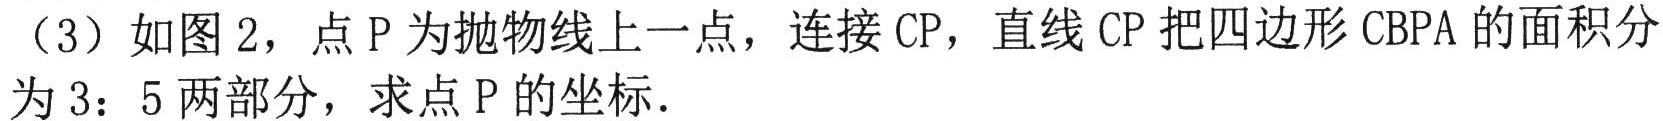
（3）如图 2，点 \(P\) 为抛物线上一点，连接 \(CP\)，直线 \(CP\) 把四边形 \(CBPA\) 的面积分为 \(3:5\) 两部分，求点 \(P\) 的坐标．